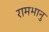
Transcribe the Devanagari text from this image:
रामभानु